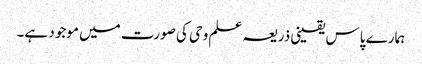
ہمارے پاس یقینی ذریعہ علم وحی کی صورت میں موجود ہے۔